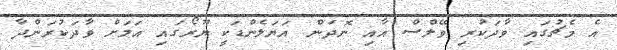
އެ މެޗުގައި ވާދަކުރި ވޭލްސް އާއި ނޮދަން އަޔަލެންޑަކީ ޔޫރޯގައި އަލަށް ވާދަކުރަންދާ